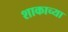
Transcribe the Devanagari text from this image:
शाकाच्या